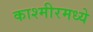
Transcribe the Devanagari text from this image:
काश्‍मीरमध्ये